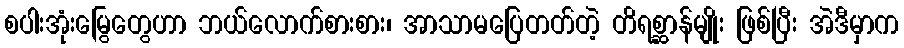
စပါးအုံးမြွေတွေဟာ ဘယ်လောက်စားစား၊ အာသာမပြေတတ်တဲ့ တိရစ္ဆာန်မျိုး ဖြစ်ပြီး အဲဒီမှာက